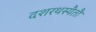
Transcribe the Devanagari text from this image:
दशरथस्यैतौ